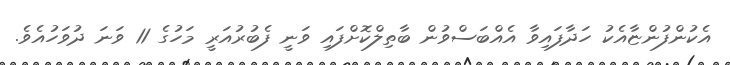
އެކުންފުންޏާއެކު ހަދާފައިވާ އެއްބަސްވުން ބާތިލްކޮށްފައި ވަނީ ފެބުރުއަރީ މަހުގެ 11 ވަނަ ދުވަހުއެވެ.